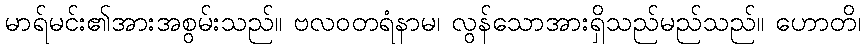
မာရ်မင်း၏အားအစွမ်းသည်။ ဗလဝတရံနာမ၊ လွန်သောအားရှိသည်မည်သည်။ ဟောတိ၊